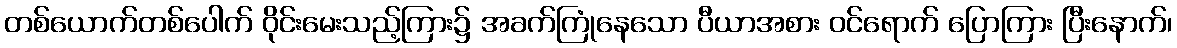
တစ်ယောက်တစ်ပေါက် ဝိုင်းမေးသည့်ကြား၌ အခက်ကြုံနေသော ပီယာအစား ဝင်ရောက် ပြောကြား ပြီးနောက်၊